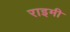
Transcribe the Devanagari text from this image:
राइमी